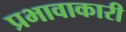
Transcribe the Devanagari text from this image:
प्रभावाकारी